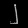
Digit: ၂